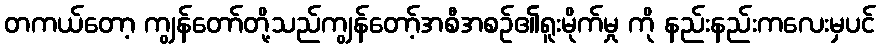
တကယ်တော့ ကျွန်တော်တို့သည်ကျွန်တော့်အစီအစဉ်၏ရူးမိုက်မှု ကို နည်းနည်းကလေးမှပင်